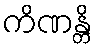
ကိဏန္တိ